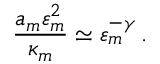
\frac { a _ { m } \varepsilon _ { m } ^ { 2 } } { \kappa _ { m } } \simeq \varepsilon _ { m } ^ { - \gamma } \, .